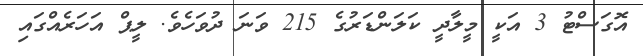
އޮގަސްޓު 3 އަކީ މީލާދީ ކަލަންޑަރުގެ 215 ވަނަ ދުވަހެވެ. ލީޕް އަހަރެއްގައި